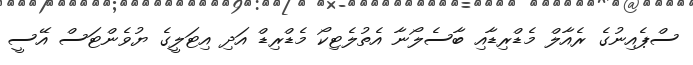
ސްޕެއިނުގެ ރެއާލް މެޑްރިޑާއި ބާސެލޯނާ އެތުލެޓިކޯ މެޑްރިޑް އަދި އިޓަލީގެ ޔުވެންޓަސް އޭސީ